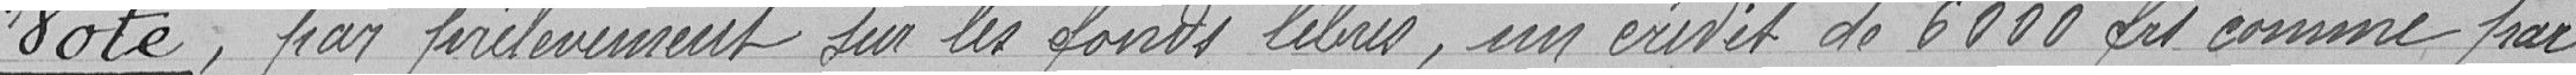
Vote, par prélèvement sur les fonds libres, un crédit de 6000 francs comme par-